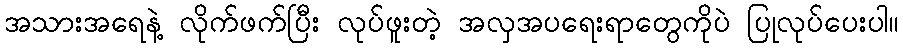
အသားအရေနဲ့ လိုက်ဖက်ပြီး လုပ်ဖူးတဲ့ အလှအပရေးရာတွေကိုပဲ ပြုလုပ်ပေးပါ။